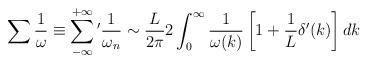
LaTeX: \begin{align*}\sum \frac{1}{\omega}\equiv\sum_{-\infty}^{+\infty}\,\! '\frac{1}{\omega_{n}}\sim \frac{L}{2\pi}2\int_{0}^{\infty}\frac{1}{\omega (k)}\left[1+\frac{1}{L}\delta '(k)\right]dk\end{align*}